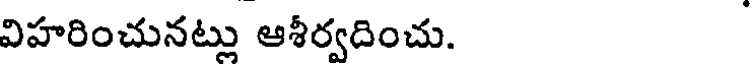
విహరించునట్లు ఆశీర్వదించు.